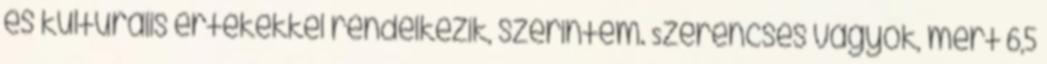
és kulturális értékekkel rendelkezik, szerintem. Szerencsés vagyok, mert 6,5